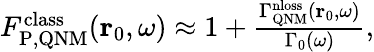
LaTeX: \begin{array}{r}{F_{\mathrm{P,QNM}}^{\mathrm{class}}(\mathbf{r}_{0},\omega)\approx 1+\frac{\Gamma_{\mathrm{QNM}}^{\mathrm{nloss}}(\mathbf{r}_{0},\omega)}{\Gamma_{0}(\omega)},}\end{array}